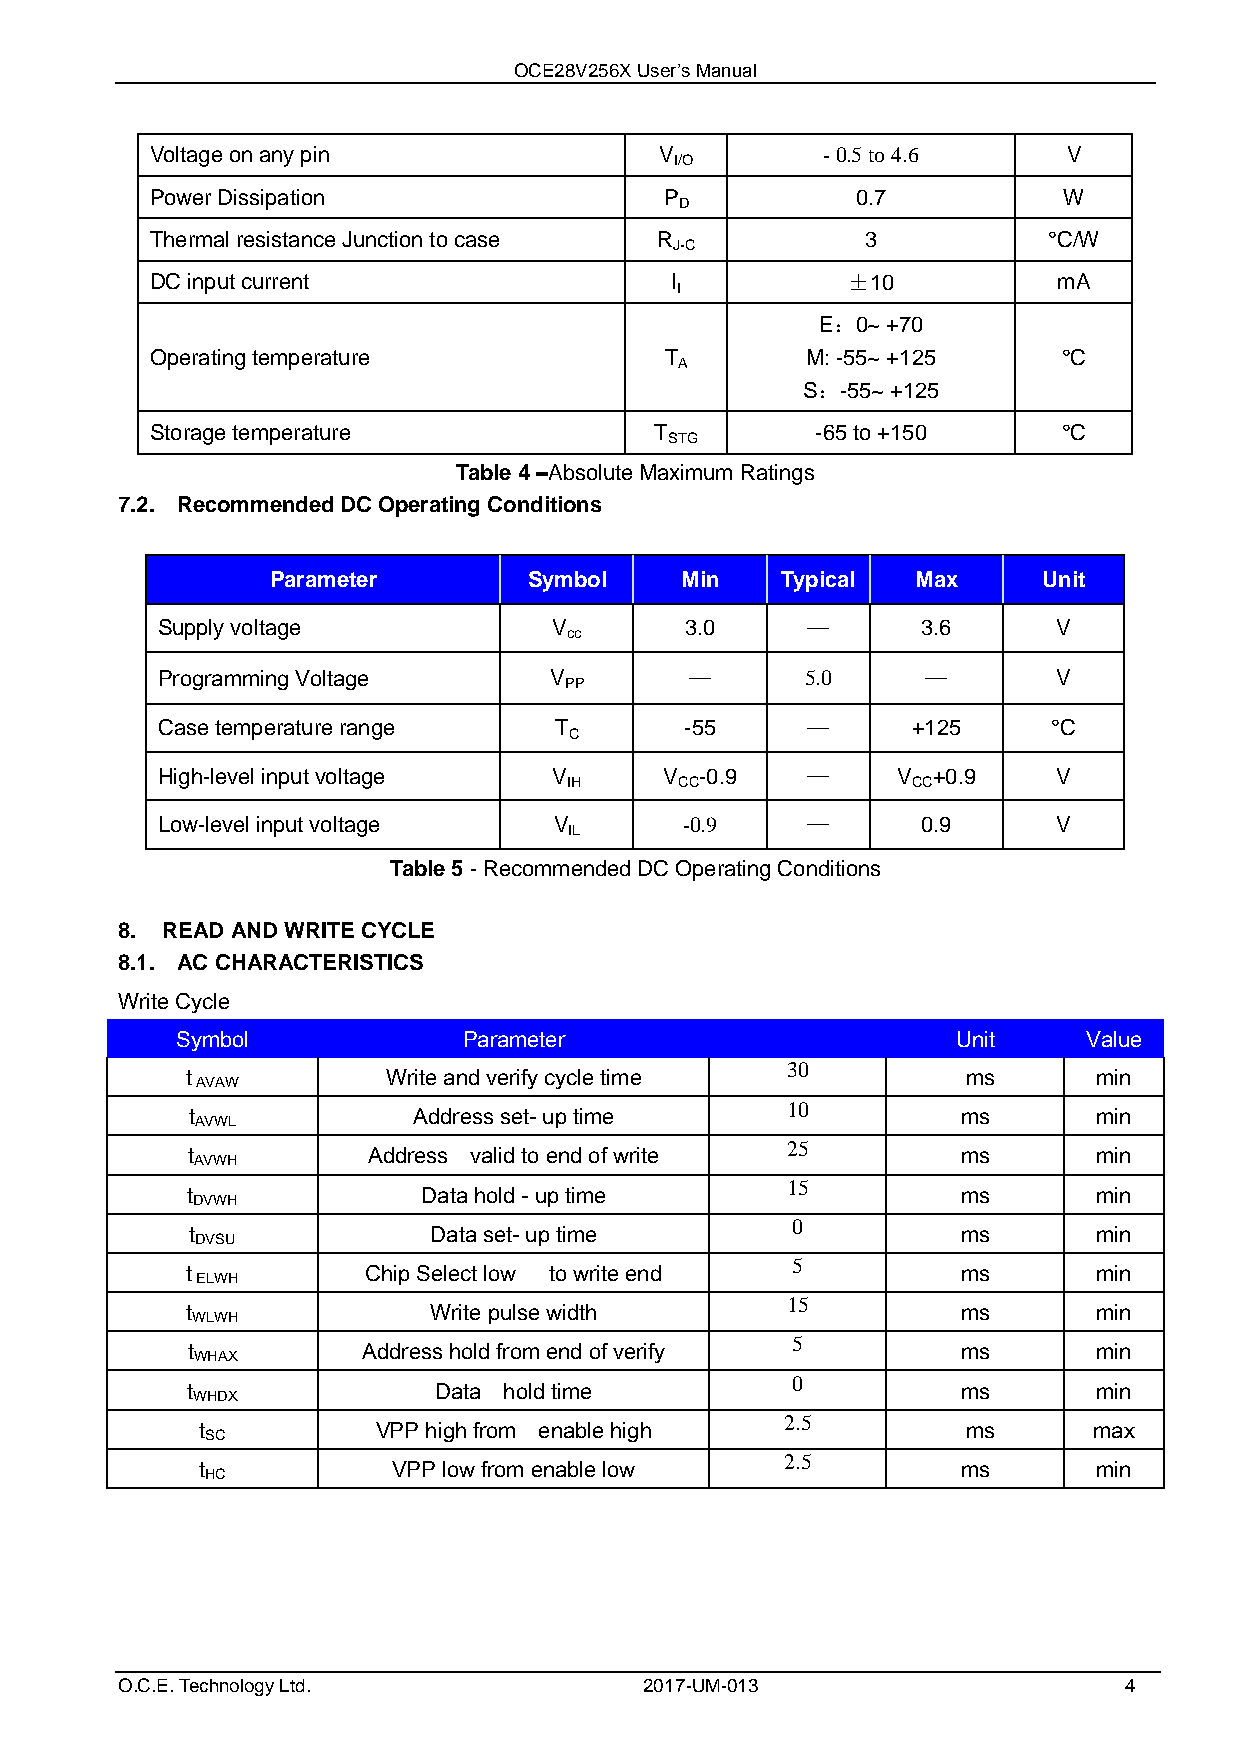
OCE28V256X User’s Manual
 Voltage on any pin                V         - 0.5 to 4.6     V
 I/O
 Power Dissipation                 P            0.7          W
 D
 Thermal resistance Junction to case R          3           °C/W
 J-C
 DC input current                  I           ±10           mA
 I
 E：0~ +70
 Operating temperature             T        M: -55~ +125     °C
 A
 S：-55~ +125
 Storage temperature              T          -65 to +150     °C
 STG
 Table 4 –Absolute Maximum Ratings
 7.2. Recommended DC Operating Conditions
 Parameter        Symbol    Min    Typical  Max     Unit
 Supply voltage             V       3.0     —       3.6      V
 cc
 Programming Voltage       V         —      5.0     —        V
 PP
 Case temperature range     T       -55     —      +125      °C
 C
 High-level input voltage   V      V -0.9   —     V  +0.9    V
 IH     CC             CC
 Low-level input voltage    V       -0.9    —       0.9      V
 IL
 Table 5 - Recommended DC Operating Conditions
 8. READ AND WRITE CYCLE
 8.1. AC CHARACTERISTICS
 Write Cycle
 Symbol             Parameter                       Unit     Value
 30
 t             Write and verify cycle time           ms       min
 AVAW
 10
 t              Address set- up time                 ms       min
 AVWL
 25
 t           Address valid to end of write           ms       min
 AVWH
 15
 t               Data hold - up time                 ms       min
 DVWH
 0
 t              Data set- up time                   ms       min
 DVSU
 5
 t           Chip Select low to write end            ms       min
 ELWH
 15
 t               Write pulse width                   ms       min
 WLWH
 5
 t           Address hold from end of verify         ms       min
 WHAX
 0
 t                Data hold time                     ms       min
 WHDX
 2.5
 t           VPP high from enable high              ms      max
 SC
 2.5
 t            VPP low from enable low               ms       min
 HC
 O.C.E. Technology Ltd.             2017-UM-013                    4